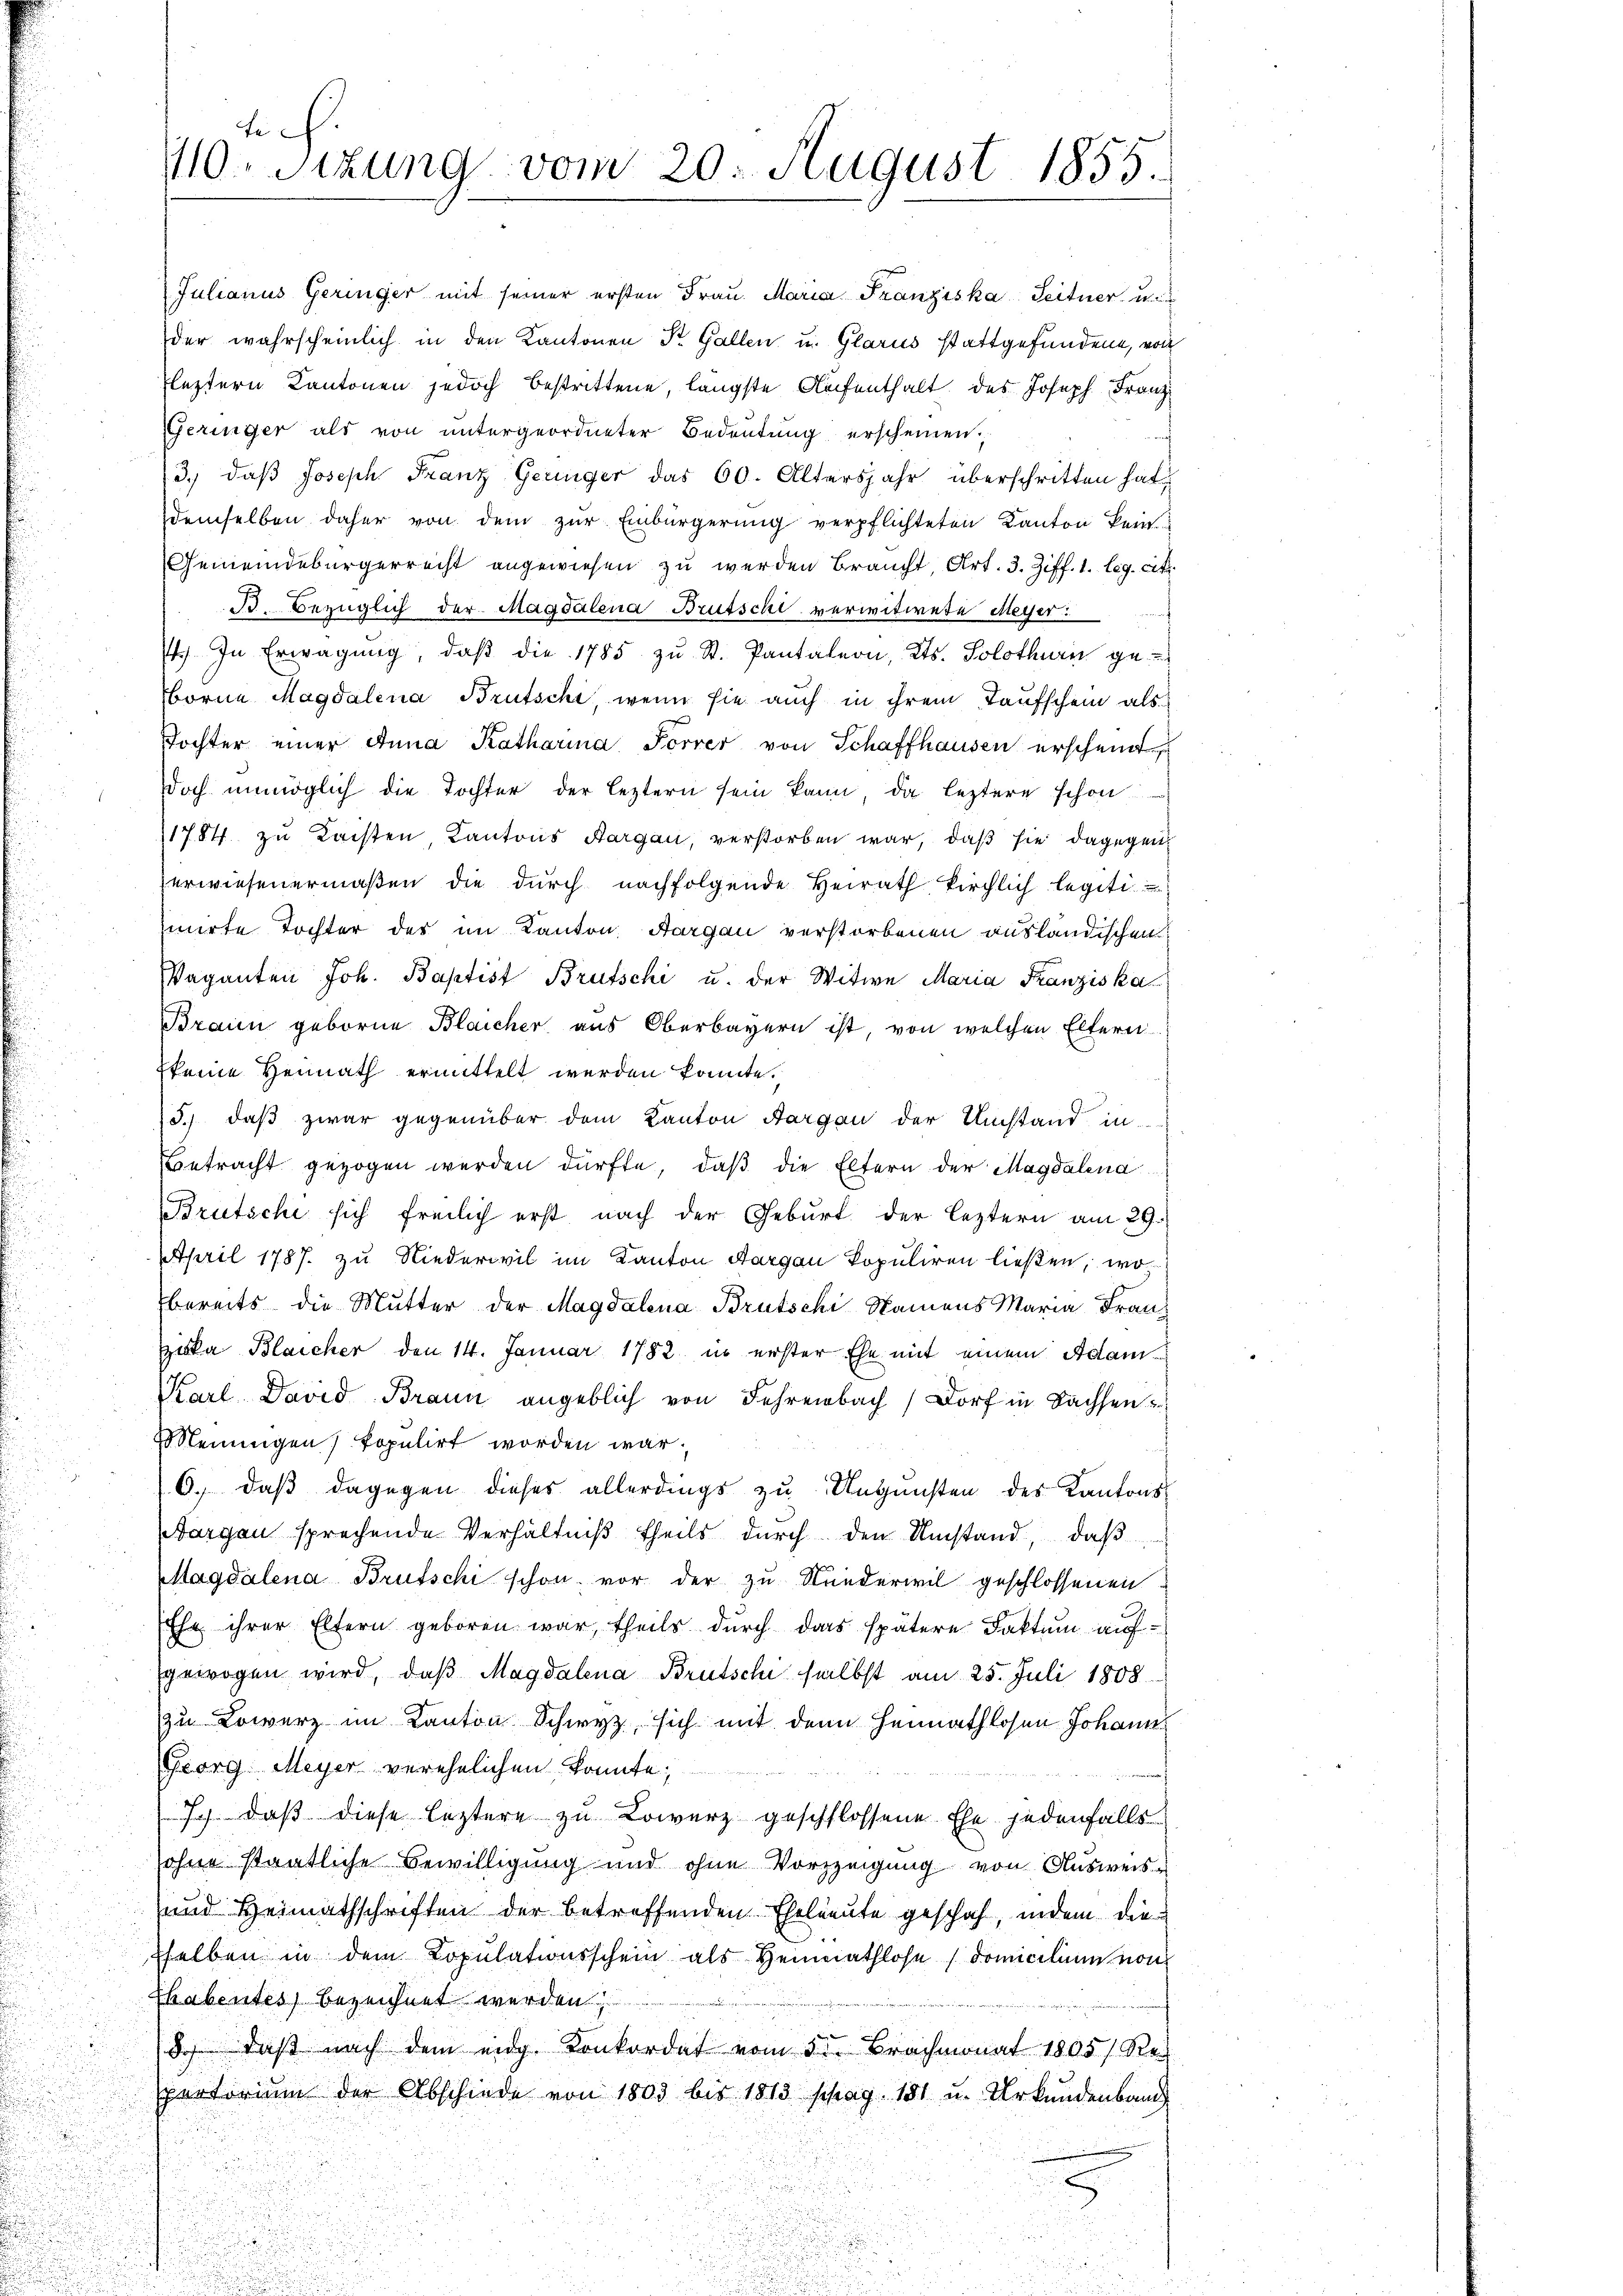
Julianus Geringer mit seiner ersten Frau. Maria Franziska Seitner un
der wahrscheinlich in den Kantonen Dr. Gallen u. Glarus stattgefundene, von
leztern Kantonen jedoch bestrittene, längste Aufenthalt des Joseph Franz
Geringer als von untergeordneter Bedeŭtŭng erscheinen.
3.) daß Joseph Franz Geringer das 60. Altersjahr überschritten hat,
demselben daher von dem zur Einbürgerung verpflichteten Kanton kein
Gemeindebürgerrecht angewiesen zu werden Braucht, Art. 3. Ziff. 1. leg. cit.
B. Bezüglich der Magdalena Brutschi verwitwete Meyer:
1. In Erwägŭng, daβ die 1785 zŭ St. Pantalern, Kts. Solothurn ge-
Borne Magdalena Brutschi, wenn sie auch in ihrem Taufschein als
Tochter einer Anna Katharina Forrer von Schaffhausen erschend
doch unmöglich die Tochter der leztern sein kann, da leztere schon
11784 zu Leisten Kantons Aargau, verstorben war, daß sie dagegen
erwiesenermaßen die dŭrch nachfolgende Heirath kirchlich legiti
mirte Tochter des im Kanton Aargau verstorbenen ausländischen
Vaganten Joh. Baptist Brütschi u. der Witwe Maria Franziska
Braun geborne Blaicher aus Oberbayern ist, von welchen Eltern
keine Heimath ermittelt werden könnte.
5) daß zwar gegenüber dem Kanton Aargau der Umstand in
Betracht gezogen werden dürfte, daβ die Eltern der Magdalena
Brütsche sich freilich erst nach der Geburt der leztern am 29.
April 1787. zu Niederwil im Kanton Aargau Populiren ließen, wo
bereits die Mutter der Magdalena Brutschi Namens Maria Franz
zuka Blaicher den 14. Januar 1782 in erster Ehe mit einem Adam-
Karl David Braun angeblich von Lehrenbach Dorf in Sachsen
Meuungen) kopulirt worden war,
6., daß dagegen dieses allerdings zu Ungunsten des Kantons-
Norgen sprechende Verhältniß theils durch den Umstand, daß
Magdalena Brutschi schon vor der zu Niederwil geschlossenen
Ehe ihrer Eltern geboren war, theils durch das spätere Faktum aufgewogen wird, daß Magdalena Brutschi selbst am 25. Juli 1808.
zu Lowerz im Kanton Schwyz, sich mit den Heimathlosen Johann
Georg Meyer verehelichen konnte;
J. daß diese leztere zu Lowerz geschlossene Ehe jedenfalls
u
ohne staatliche Bewilligung und ohne Vorzeigung von Ausweise
und Heimathschriften der betreffenden Eheleute geschah, indem die
sselben in dem Kopulationsschein als Heimathlose domicilium von
Ehabentes, bezeichnet werden
8) daß nach dem eidg. Konkordat vom 5ten Brachmonat 1805, Res
ppertorium der Abschiede von 1803 bis 1813 schrag. 181 u. Urkundenband

ch.
110. Sitzung vom 20. August 1855.